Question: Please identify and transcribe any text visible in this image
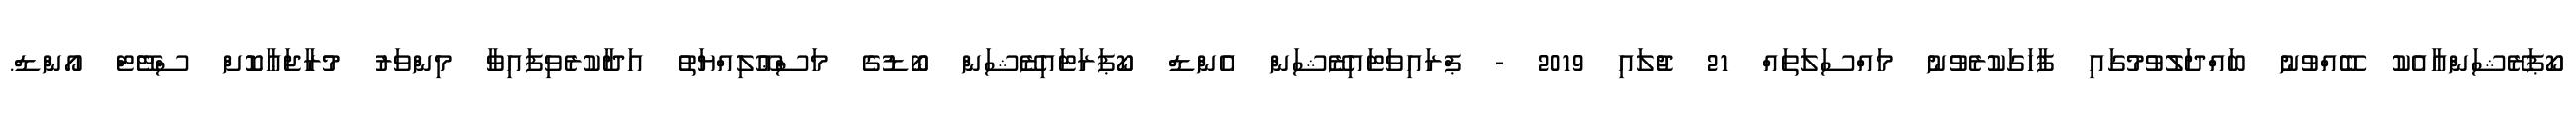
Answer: ކޯޕަރޭޝަންއާއެކު ބޭއްވުނު ބައްދަލުވުމުގައި ފާހަގަކުރެވުނު މައްސަލަތައް 21 ޖުލައި 2019 - ޕްރައިވަޓައިޒޭޝަން އެންޑް ކޯޕަރަޓައިޒޭޝަން ބޯޑުގެ މަސްޢޫލިއްޔަތު އަދާކުރެވިފައިވާ މިންވަރު މުރާޖަޢާކޮށް ސްޓޭޓް އޯންޑް.